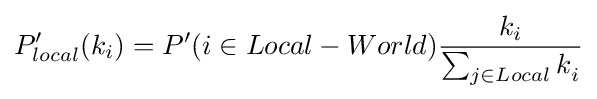
P_{local}'(k_{i})=P'(i\in Local-World){\frac {k_{i}}{\sum _{j\in Local}k_{i}^{}}}